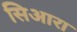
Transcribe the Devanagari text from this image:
सिआरा